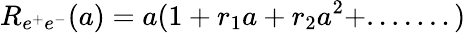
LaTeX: R_{e^{+}e^{-}}(a)=a(1+r_{1}a+r_{2}a^{2}+.......)